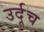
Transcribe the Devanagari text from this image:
उर्दूच